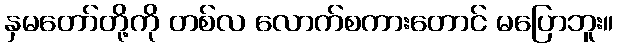
နှမတော်တို့ကို တစ်လ လောက်စကားတောင် မပြောဘူး။